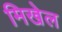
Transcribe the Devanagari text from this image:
मिखेल